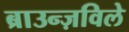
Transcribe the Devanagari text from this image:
ब्राउन्ज़विले